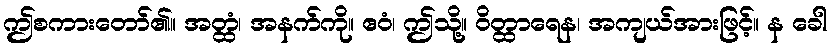
ဤစကားတော်၏။ အတ္ထံ၊ အနက်ကို။ ဧဝံ၊ ဤသို့။ ဝိတ္ထာရေန၊ အကျယ်အားဖြင့်။ န ခေါ